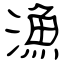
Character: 漁